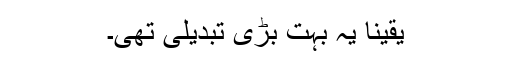
یقیناً یہ بہت بڑی تبدیلی تھی۔